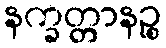
နက္ခတ္တာနဉ္စ